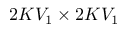
2 K V _ { 1 } \times 2 K V _ { 1 }